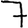
Digit: 7